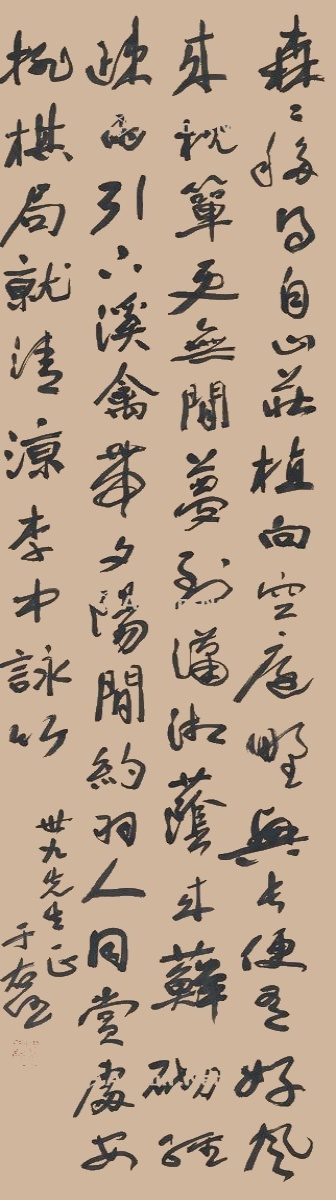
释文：森森移得自山庄，植向空庭野兴长。便有好风来枕箪，更无闲梦到潇湘。荫来藓砌经疎雨，引下溪禽带夕阳。闲约羽人同赏处，安排棋局就清凉。李中咏竹。世九先生正，于右任。